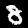
Label: 8